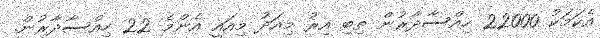
އެކަމަކު 22000 ހިއްސާދާރުން ތިބި އިރު މިއަދު މިއައީ އެންމެ 22 ހިއްސާދާރުން.